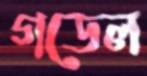
গডেল